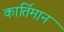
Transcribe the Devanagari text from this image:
कार्तिमान